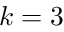
k = 3